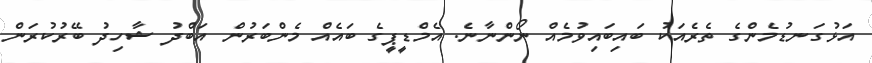
އަޅުގަނޑުމެންގެ ތެރެއަކު ބައިބައިވުމެއް ނޯންނާނެ. އެމްޑީޕީގެ ބައެއް މެންބަރުން އަބްދު ޝާހިދު ބޭރުކުރަން